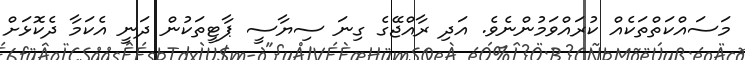
މަސައްކަތްތަކެއް ކުރައްވަމުންނެވެ. އަދި ރާއްޖޭގެ ގިނަ ސިޔާސީ ޕާޓީތަކުން ދަނީ އެކަމާ ދެކޮޅަށް